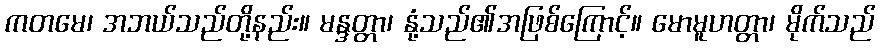
ကတမေ၊ အဘယ်သည်တို့နည်း။ မန္ဒတ္တာ၊ နုံ့သည်၏အဖြစ်ကြောင့်။ မောမူဟတ္တာ၊ မိုက်သည်